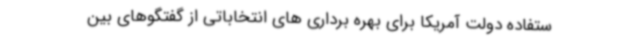
ستفاده دولت آمریکا برای بهره برداری های انتخاباتی از گفتگوهای بین